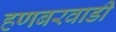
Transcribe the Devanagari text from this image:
हणबरवाडी